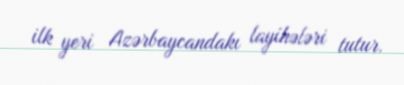
ilk yeri Azərbaycandakı layihələri tutur.